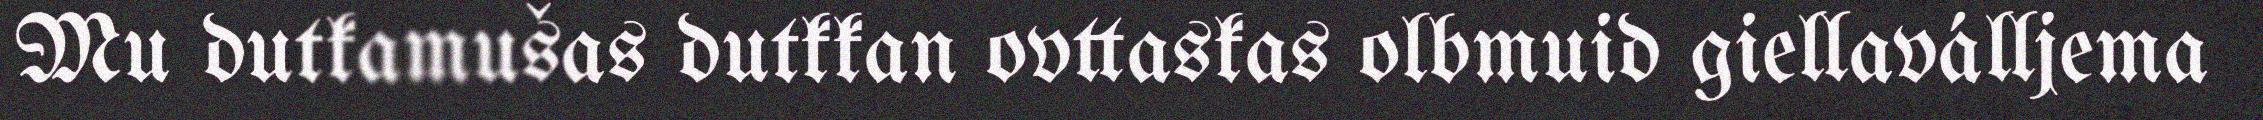
Mu dutkamušas dutkkan ovttaskas olbmuid giellaválljema